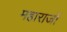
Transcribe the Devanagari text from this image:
महाराजों